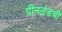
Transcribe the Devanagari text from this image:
ग्रीनलंडची